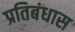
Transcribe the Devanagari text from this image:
प्रतिबंधास